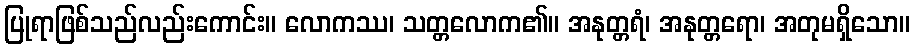
ပြုရာဖြစ်သည်လည်းကောင်း။ လောကဿ၊ သတ္တလောက၏။ အနုတ္တရံ၊ အနုတ္တရော၊ အတုမရှိသော။